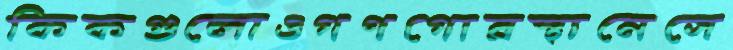
কিকগুলোওগণগোরস্থানেসে